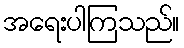
အရေးပါကြသည်။